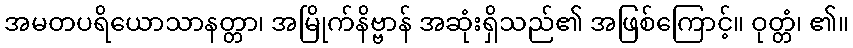
အမတပရိယောသာနတ္တာ၊ အမြိုက်နိဗ္ဗာန် အဆုံးရှိသည်၏ အဖြစ်ကြောင့်။ ဝုတ္တံ၊ ၏။